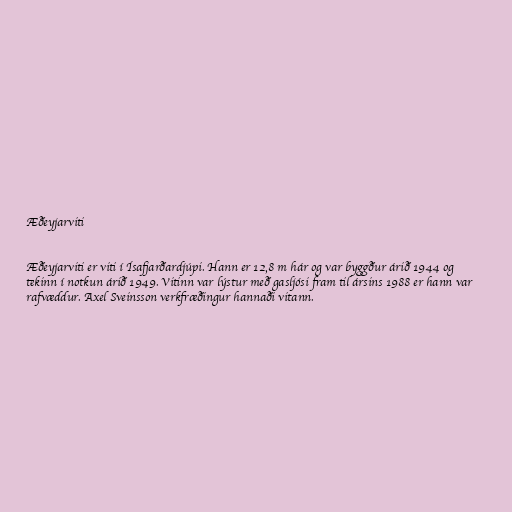
Æðeyjarviti

Æðeyjarviti er viti í Ísafjarðardjúpi. Hann er 12,8 m hár og var byggður árið 1944 og
tekinn í notkun árið 1949. Vitinn var lýstur með gasljósi fram til ársins 1988 er hann var
rafvæddur. Axel Sveinsson verkfræðingur hannaði vitann.